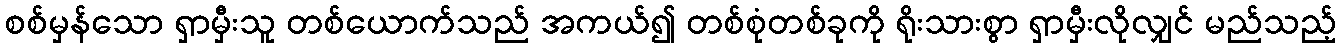
စစ်မှန်သော ရှာမှီးသူ တစ်ယောက်သည် အကယ်၍ တစ်စုံတစ်ခုကို ရိုးသားစွာ ရှာမှီးလိုလျှင် မည်သည့်